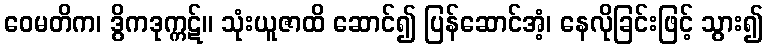
ဝေမတိက၊ ဒွိကဒုက္ကဋ်။ သုံးယူဇာထိ ဆောင်၍ ပြန်ဆောင်အံ့၊ နေလိုခြင်းဖြင့် သွား၍